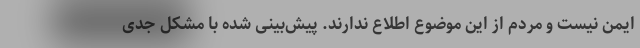
ایمن نیست و مردم از این موضوع اطلاع ندارند. پیش‌بینی شده با مشکل جدی